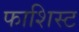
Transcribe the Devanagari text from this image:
फाशिस्ट